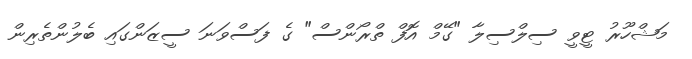
މަޝްހޫރު ޓީވީ ސިލްސިލާ "ގޭމް އޮފް ތްރޯންސް" ގެ ފަސްވަނަ ސީޒަންގައި ބެލުންތެރިން